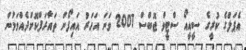
އެޕަލްގެ ކުރީގެ ސީއީއޯ ސްޓީވް ޖޮބްސް 2007 ވަނަ އަހަރު އައިފޯން ތައާރަފްކޮށްދެއްވަމުން